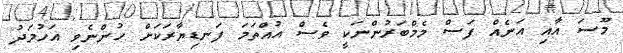
މޫސަ އާއި އަނެއް ފަސް މެމްބަރުންނަކީ ވެސް އުއްތަމަ ފަނޑިޔާރަކަށް ހުންނެވި އަހުމަދު